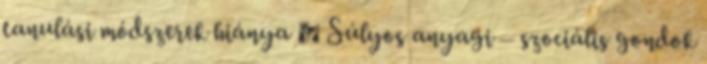
tanulási módszerek hiánya  Súlyos anyagi – szociális gondok